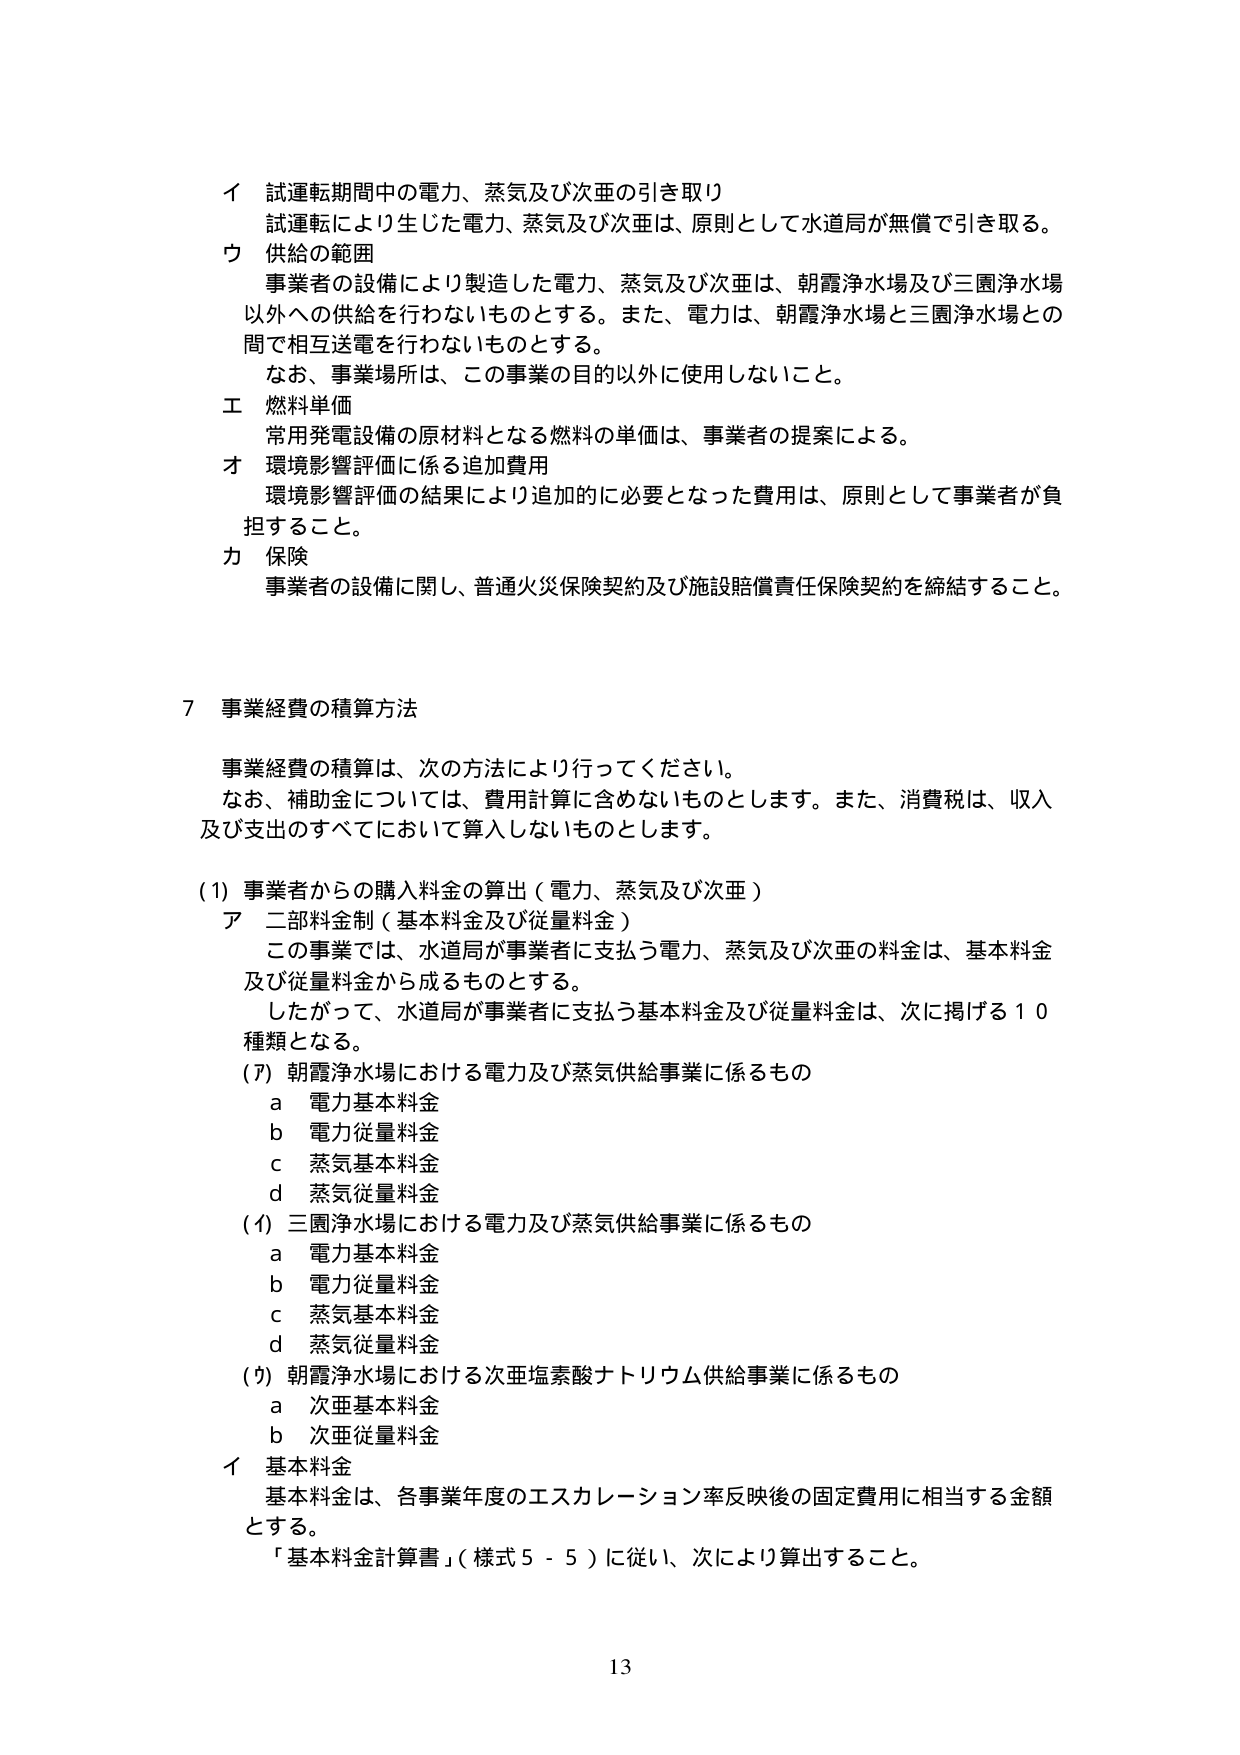
イ 試運転期間中の電力、蒸気及び次亜の引き取り
試運転により生じた電力、蒸気及び次亜は、原則として水道局が無償で引き取る。

ウ 供給の範囲
事業者の設備により製造した電力、蒸気及び次亜は、朝霞浄水場及び三園浄水場以外への供給を行わないものとする。また、電力は、朝霞浄水場と三園浄水場との間で相互送電を行わないものとする。
なお、事業場所は、この事業の目的以外に使用しないこと。

エ 燃料単価
常用発電設備の原材料となる燃料の単価は、事業者の提案による。

オ 環境影響評価に係る追加費用
環境影響評価の結果により追加的に必要となった費用は、原則として事業者が負担すること。

カ 保険
事業者の設備に関し、普通火災保険契約及び施設賠償責任保険契約を締結すること。

7 事業経費の積算方法
事業経費の積算は、次の方法により行ってください。
なお、補助金については、費用計算に含めないものとします。また、消費税は、収入及び支出のすべてにおいて算入しないものとします。

(1) 事業者からの購入料金の算出（電力、蒸気及び次亜）
ア 二部料金制（基本料金及び従量料金）
この事業では、水道局が事業者に支払う電力、蒸気及び次亜の料金は、基本料金及び従量料金から成るものとする。
したがって、水道局が事業者に支払う基本料金及び従量料金は、次に掲げる10種類となる。
(ア) 朝霞浄水場における電力及び蒸気供給事業に係るもの
　a 電力基本料金
　b 電力従量料金
　c 蒸気基本料金
　d 蒸気従量料金
(イ) 三園浄水場における電力及び蒸気供給事業に係るもの
　a 電力基本料金
　b 電力従量料金
　c 蒸気基本料金
　d 蒸気従量料金
(ウ) 朝霞浄水場における次亜塩素酸ナトリウム供給事業に係るもの
　a 次亜基本料金
　b 次亜従量料金
イ 基本料金
基本料金は、各事業年度のエスカレーション率反映後の固定費用に相当する金額とする。
「基本料金計算書」（様式5-5）に従い、次により算出すること。

13